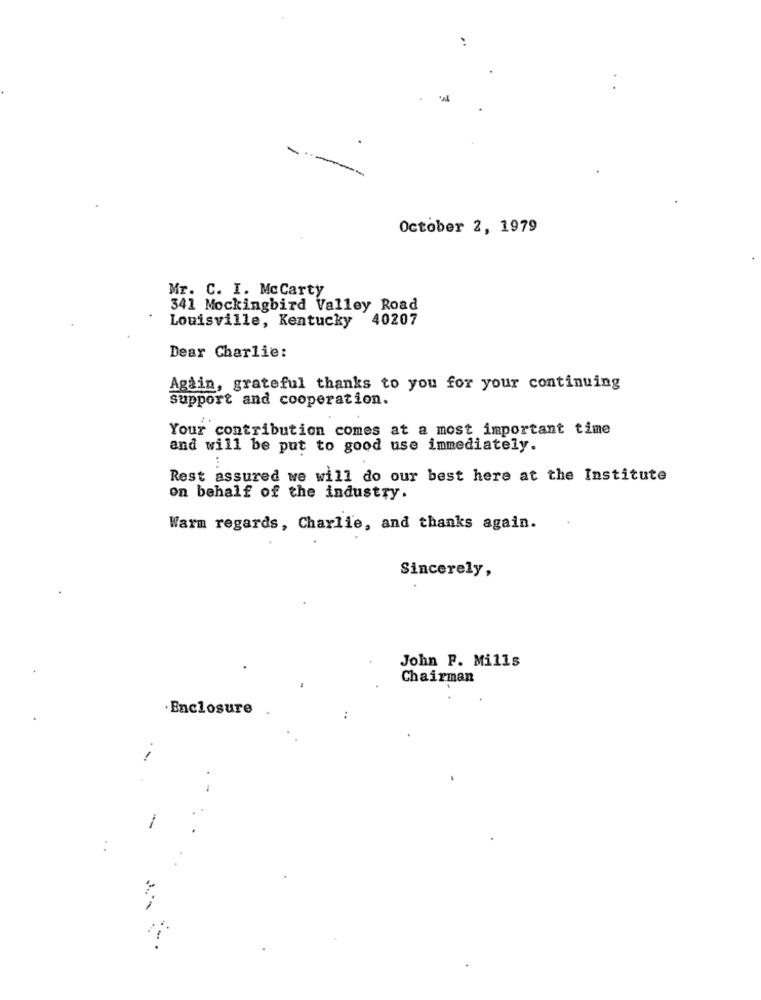
October 2, 1979
Mr. C. I. McCarty
341 Mockingbird Valley Road
Louisville, Kentucky 40207
Dear Charlie:
Again, grateful thanks to you for your continuing
support and cooperation.
Your contribution comes at a most important time
and will be put to good use immediately.
Rest assured we will do our best here at the Institute
on behalf of the industry.
Warm regards, Charlie, and thanks again.
Sincerely,
John P. Mills
Chairman
· Enclosure